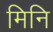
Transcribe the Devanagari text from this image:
मिनि